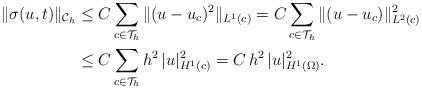
LaTeX: \begin{align*}\|\sigma(u,t) \|_{\mathcal{C}_h} &\leq C \sum_{c \in \mathcal{T}_h} \| (u - u_c)^2\|_{L^1(c)} = C \sum_{c \in \mathcal{T}_h} \| (u - u_c)\|^2_{L^2(c)} \\&\leq C \sum_{c \in \mathcal{T}_h} h^2 \, |u|^2_{H^1(c)} = C \, h^2 \, |u|^2_{H^1(\Omega)}. \end{align*}